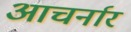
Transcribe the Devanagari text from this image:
आचर्नार